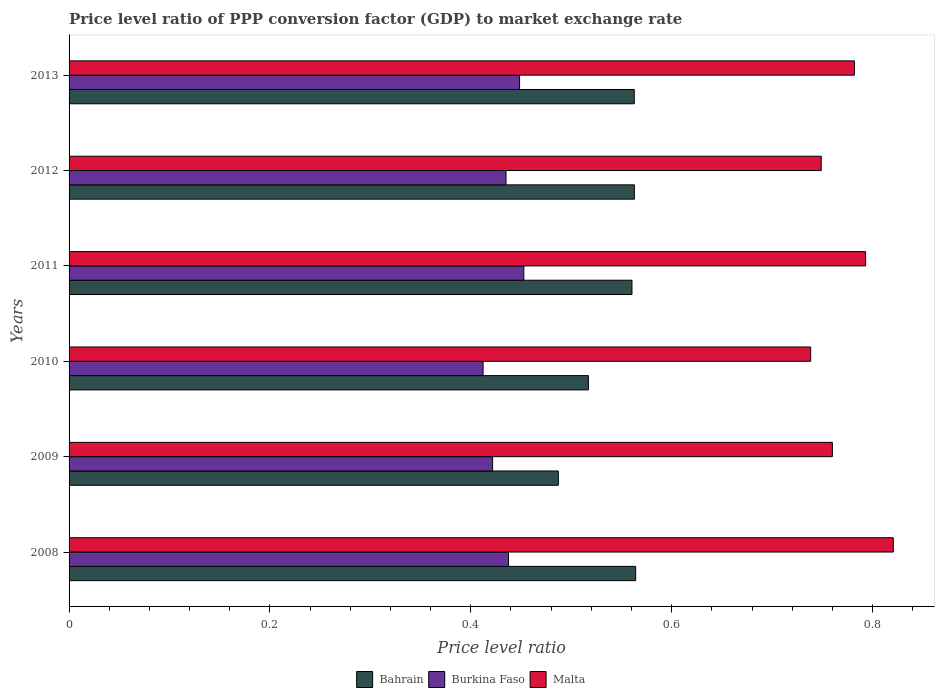
| Years | Bahrain | Burkina Faso | Malta |
 | --- | --- | --- | --- |
 | 2008 | 0.564 | 0.438 | 0.821 |
 | 2009 | 0.487 | 0.422 | 0.76 |
 | 2010 | 0.517 | 0.412 | 0.738 |
 | 2011 | 0.56 | 0.453 | 0.793 |
 | 2012 | 0.563 | 0.435 | 0.749 |
 | 2013 | 0.563 | 0.449 | 0.782 |